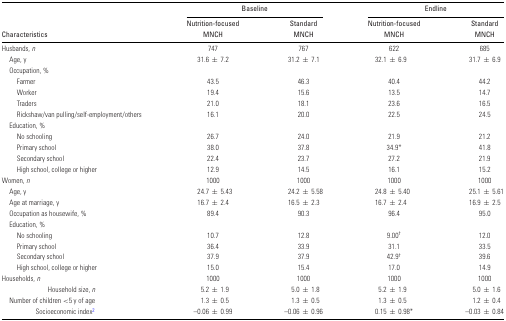
<table><thead><tr><td></td><td colspan="2"><b>Baseline</b></td><td colspan="2"><b>Endline</b></td></tr><tr><td></td><td><b>Nutrition-focused</b></td><td><b>Standard</b></td><td><b>Nutrition-focused</b></td><td><b>Standard</b></td></tr><tr><td><b>Characteristics</b></td><td><b>MNCH</b></td><td><b>MNCH</b></td><td><b>MNCH</b></td><td><b>MNCH</b></td></tr></thead><tbody><tr><td>Husbands, <i>n</i></td><td>747</td><td>767</td><td>622</td><td>685</td></tr><tr><td> Age, y</td><td>31.6 ± 7.2</td><td>31.2 ± 7.1</td><td>32.1 ± 6.9</td><td>31.7 ± 6.9</td></tr><tr><td colspan="5"> Occupation, %</td></tr><tr><td>Farmer</td><td>43.5</td><td>46.3</td><td>40.4</td><td>44.2</td></tr><tr><td>Worker</td><td>19.4</td><td>15.6</td><td>13.5</td><td>14.7</td></tr><tr><td>Traders</td><td>21.0</td><td>18.1</td><td>23.6</td><td>16.5</td></tr><tr><td>Rickshaw/van pulling/self-employment/others</td><td>16.1</td><td>20.0</td><td>22.5</td><td>24.5</td></tr><tr><td colspan="5"> Education, %</td></tr><tr><td>No schooling</td><td>26.7</td><td>24.0</td><td>21.9</td><td>21.2</td></tr><tr><td>Primary school</td><td>38.0</td><td>37.8</td><td>34.9*</td><td>41.8</td></tr><tr><td>Secondary school</td><td>22.4</td><td>23.7</td><td>27.2</td><td>21.9</td></tr><tr><td>High school, college or higher</td><td>12.9</td><td>14.5</td><td>16.1</td><td>15.2</td></tr><tr><td>Women, <i>n</i></td><td>1000</td><td>1000</td><td>1000</td><td>1000</td></tr><tr><td> Age, y</td><td>24.7 ± 5.43</td><td>24.2 ± 5.58</td><td>24.8 ± 5.40</td><td>25.1 ± 5.61</td></tr><tr><td> Age at marriage, y</td><td>16.7 ± 2.4</td><td>16.5 ± 2.3</td><td>16.7 ± 2.4</td><td>16.9 ± 2.5</td></tr><tr><td> Occupation as housewife, %</td><td>89.4</td><td>90.3</td><td>96.4</td><td>95.0</td></tr><tr><td colspan="5"> Education, %</td></tr><tr><td>No schooling</td><td>10.7</td><td>12.8</td><td>9.00<sup>†</sup></td><td>12.0</td></tr><tr><td>Primary school</td><td>36.4</td><td>33.9</td><td>31.1</td><td>33.5</td></tr><tr><td>Secondary school</td><td>37.9</td><td>37.9</td><td>42.9<sup>†</sup></td><td>39.6</td></tr><tr><td>High school, college or higher</td><td>15.0</td><td>15.4</td><td>17.0</td><td>14.9</td></tr><tr><td>Households, <i>n</i></td><td>1000</td><td>1000</td><td>1000</td><td>1000</td></tr><tr><td> Household size, <i>n</i></td><td>5.2 ± 1.9</td><td>5.0 ± 1.8</td><td>5.2 ± 1.9</td><td>5.0 ± 1.6</td></tr><tr><td> Number of children &lt;5 y of age</td><td>1.3 ± 0.5</td><td>1.3 ± 0.5</td><td>1.3 ± 0.5</td><td>1.2 ± 0.4</td></tr><tr><td> Socioeconomic index<sup>2</sup></td><td>–0.06 ± 0.99</td><td>–0.06 ± 0.96</td><td>0.15 ± 0.98*</td><td>–0.03 ± 0.84</td></tr></tbody></table>